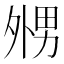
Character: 𡖦